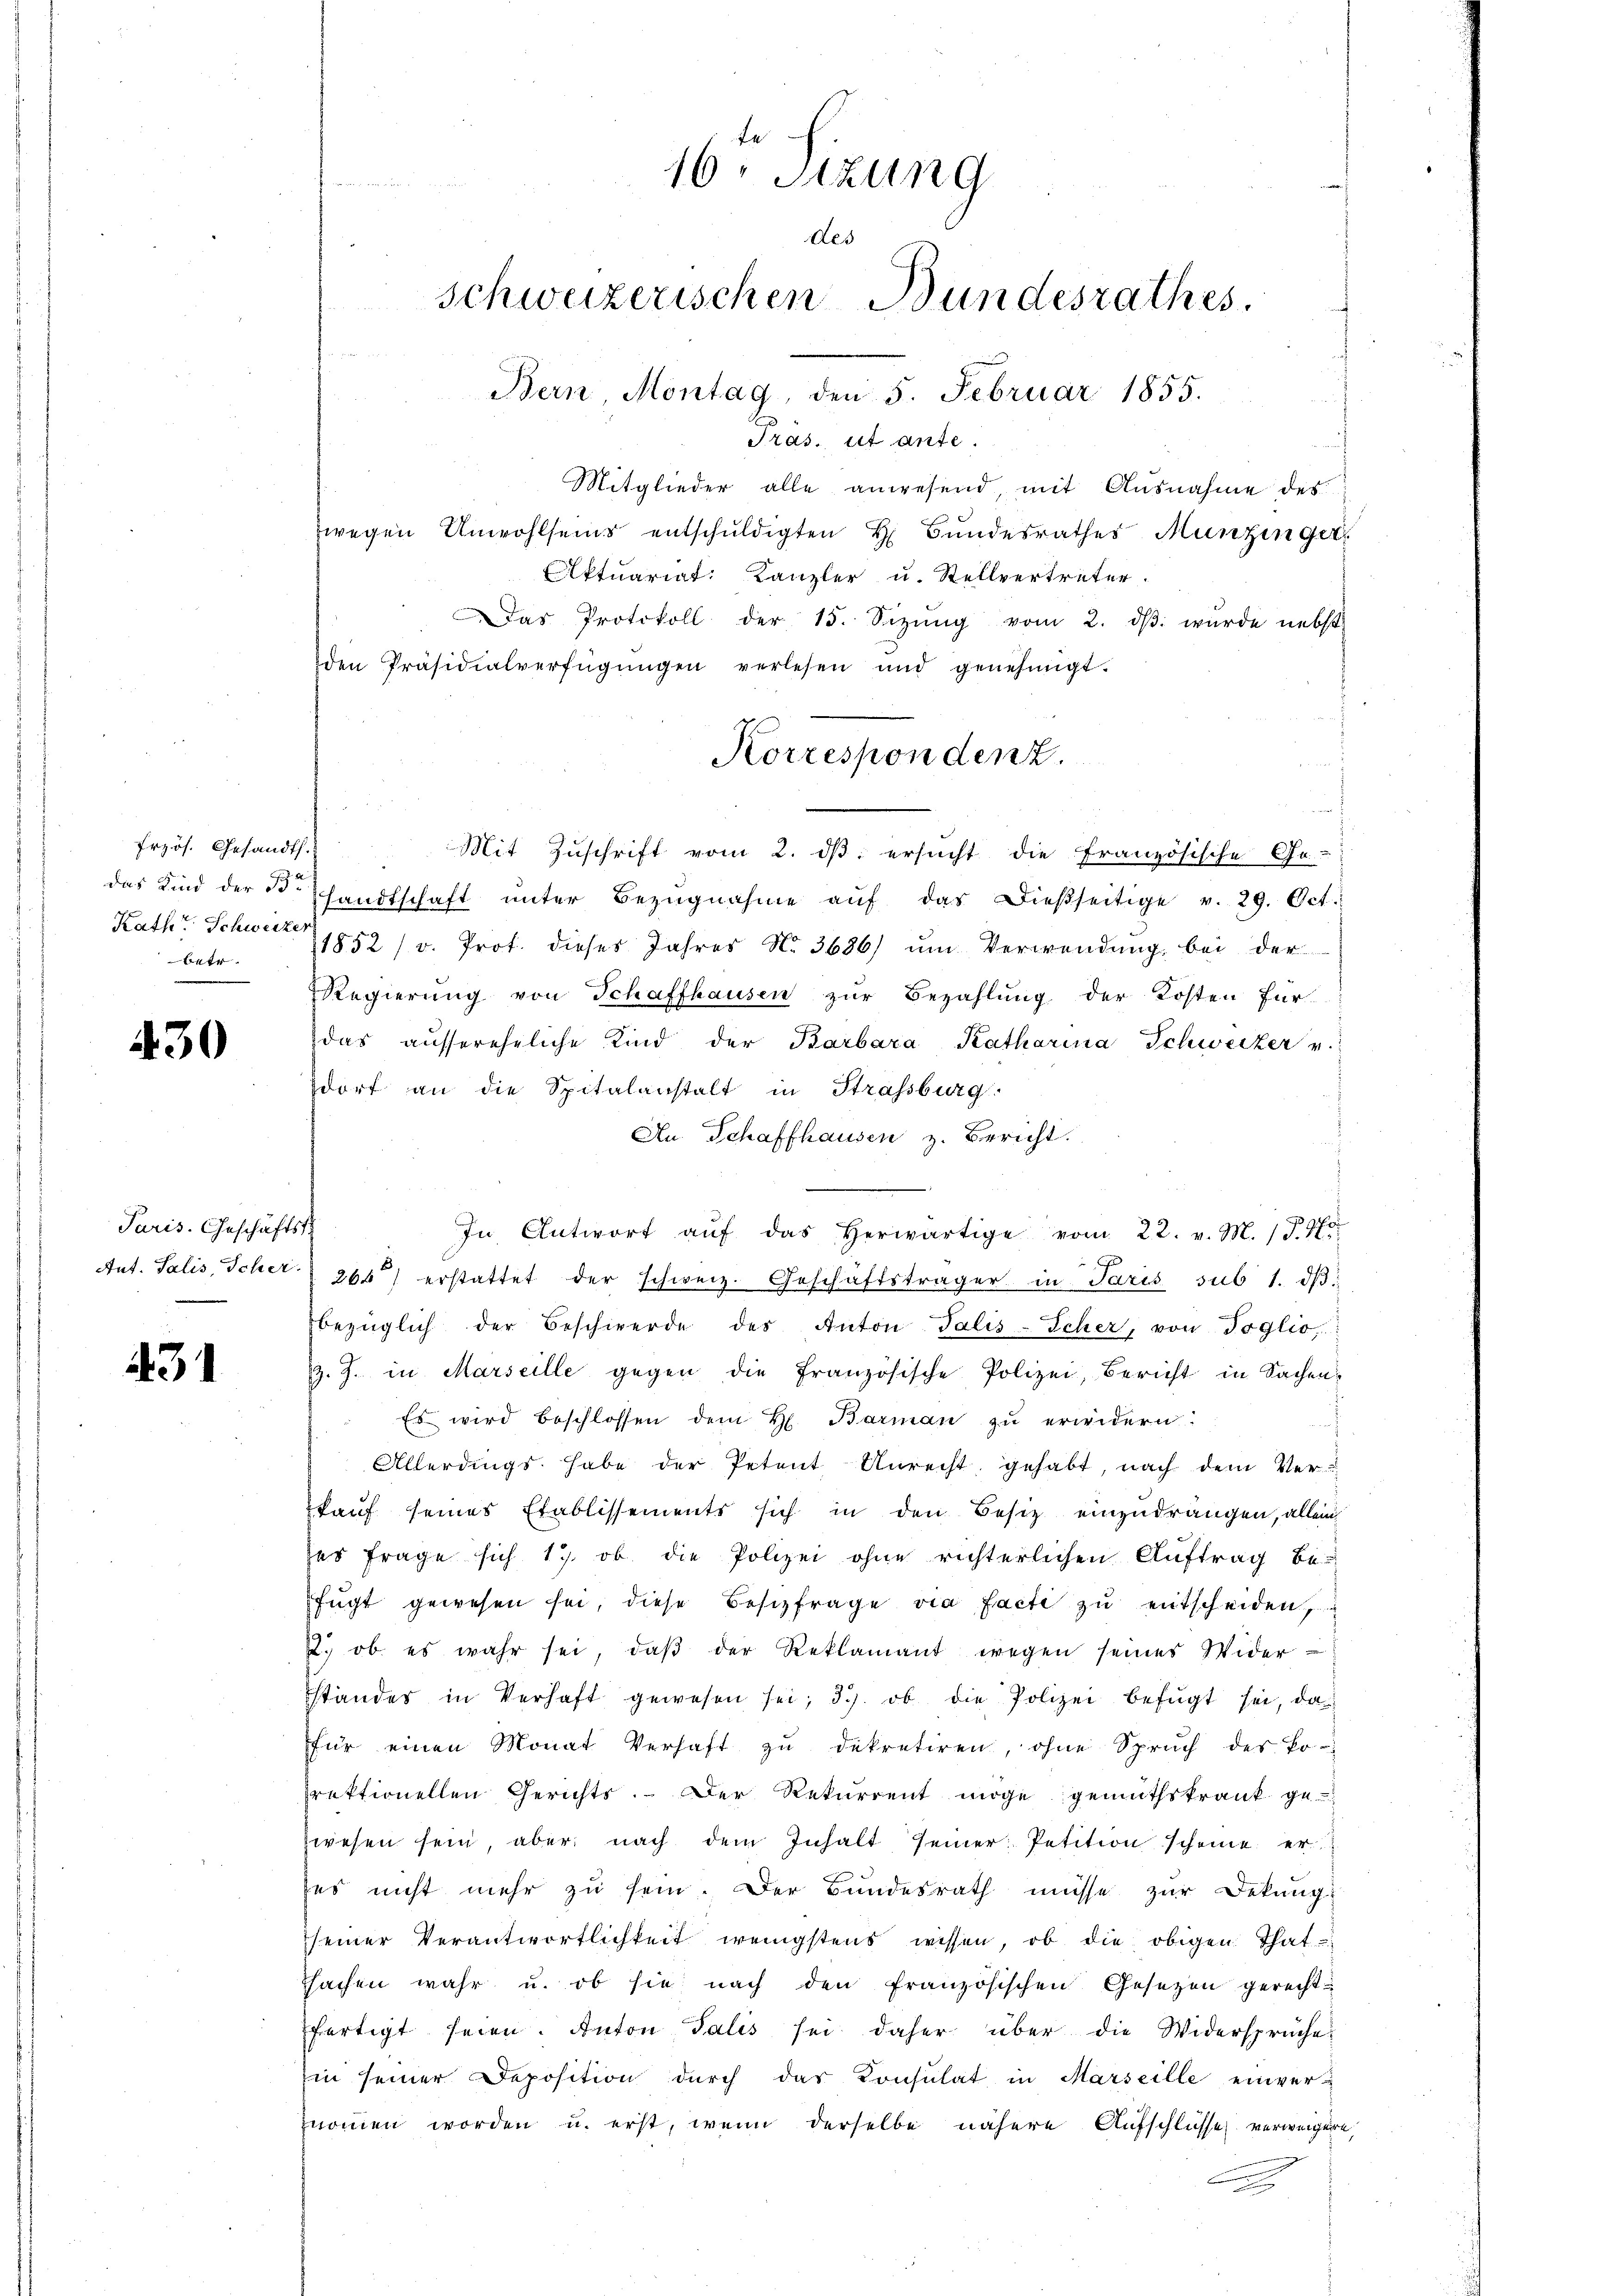
Frzös. Gesandts
das Kind der B.
Rath Schweizer
64 f

430

Paris. Geschäftsst
Ant. Salis, Scher.

131

Pras. ist ante.
Mitglieder alle anwesend, mit Ausnahme des
wegen Unwohlseins entschŭldigten H. Bŭndesrathes Munzingetr
ktuariat Kanzler u. Stellvertreter.
Das Protokoll der 15. Sizŭng vom 2. dβ. wurde nebst
den Präsidialverfügŭngen verlesen und genehmigt.
Korrespondenz.

Mit Zuschrift vom 2. ds ersucht die Französische Ge-
handtschaft ŭnter Bezŭgnahme aŭf das dieβseitige v. 29. Oct.
1852 / v. Prot. dieses Jahres No. 3686/ ŭm Verwendŭng bei der
Regierŭng von Schaffhausen zŭr Bezahlŭng der Kosten für
das aŭssereheliche Kind der Barbara Katharina Schweizer u.
dorf an die Spitalanstalt in Strassburg.
An Schaffhausen z. Bericht.
In Antwort aŭf das herwärtige vom 22. v. M. J. 1
266 erstattet der schweiz. Geschäftsträger in Paris sub 1. dβ:
bezüglich der Beschwerde des Anton-Talis-Scher, von Toglio,
J. J. in Marseille gegen die französische Polizei, Bericht in Sachen,
Es wird beschlossen dem H. Barmaṅ zŭ erwidern:
d
Allerdings habe der Petent, Anrecht gehabt, nach dem Verkauf seines Etablissements sich in den Besitz einzudrängen, allein,
ses Frage sich 1., ob die Polizei ohne richterlichen Auftrag be-
fügt gewesen sei, diese Besizfrage via facte zu entscheiden,
2. ob es wahr sei, daβ der Reklamant wegen seines Wider-
standes in Verhaft gewesen sei; 3. ob die Polizei befŭgt sei, das
für einen Monat Verhaft zŭ dekretiren, ohne Spruch des Po-
rektionellen Gerichts. Der Rekurrent möge gemuthskrank gezwesen sein aber nach dem Inhalt seiner Petition scheine er
ses nicht mehr zu sein. Der Bundesrath müsse zur Dekung
seiner Verantwortlichkeit wenigstens wissen, ob die obigen That
sachen wahr u. ob sie nach den französischen Gesetzen gerechtfertigt seien. Anton Talis sei daher über die Widersprüche
in seiner Deposition durch das Konsulat in Marseille einver-
znommen worden u. erst, wenn derselbe nähere Aufschlusse verweigere
F

te
16. Sizung
des
schweizerischen Bundesrathes.
Bern, Montag, den 5. Februar 1855.